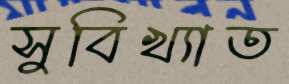
সুবিখ্যাত